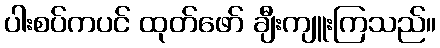
ပါးစပ်ကပင် ထုတ်ဖော် ချီးကျူးကြသည်။